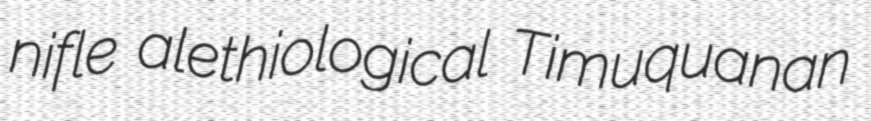
nifle alethiological Timuquanan